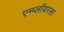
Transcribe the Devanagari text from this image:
एम्प्लॉयरला